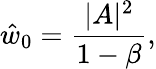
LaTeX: \hat{w}_{0}=\frac{|A|^{2}}{1-\beta},